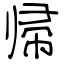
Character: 帰